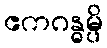
ဧကဂန္ဓမ္ပိ